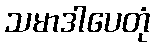
သမာဒါပေတုံ